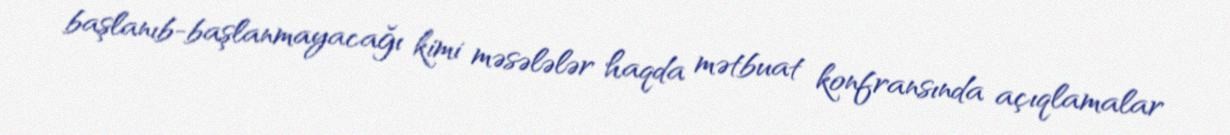
başlanıb-başlanmayacağı kimi məsələlər haqda mətbuat konfransında açıqlamalar